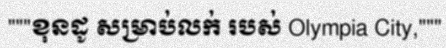
"""ខុនដូ សម្រាប់លក់ របស់ Olympia City,"""